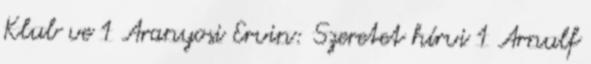
Klub ve 1 Aranyosi Ervin: Szeretet hírvi 1 Arnulf